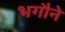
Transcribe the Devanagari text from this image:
भगौने